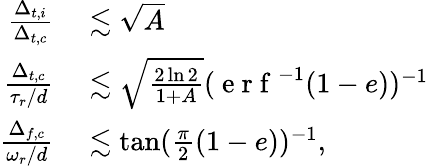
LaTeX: \begin{array}{rl}{\frac{\Delta_{t,i}}{\Delta_{t,c}}}&{{}\lesssim\sqrt{A}}\\ {\frac{\Delta_{t,c}}{\tau_{r}/d}}&{{}\lesssim\sqrt{\frac{2\ln{2}}{1+A}}(\mathrm{~e~r~f~}^{-1}(1-e))^{-1}}\\ {\frac{\Delta_{f,c}}{\omega_{r}/d}}&{{}\lesssim\tan(\frac{\pi}{2}(1-e))^{-1},}\end{array}